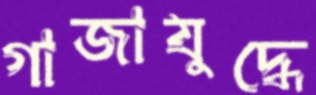
গাজাযুদ্ধে